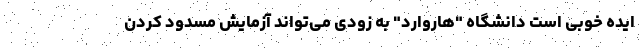
ایده خوبی است دانشگاه "هاروارد" به زودی می‌تواند آزمایش مسدود کردن